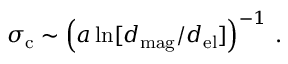
\sigma _ { \mathrm { c } } \sim \left( a \ln [ d _ { \mathrm { m a g } } / d _ { \mathrm { e l } } ] \right) ^ { - 1 } \, .